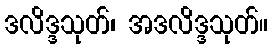
ဒလိဒ္ဒသုတ်၊ အဒလိဒ္ဒသုတ်။